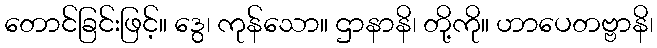
တောင်ခြင်းဖြင့်။ ဒွေ၊ ကုန်သော။ ဌာနာနိ၊ တို့ကို။ ဟာပေတဗ္ဗာနိ၊